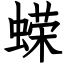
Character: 蝾